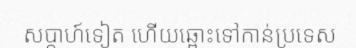
សប្តាហ៍ទៀត ហើយឆ្ពោះទៅកាន់ប្រទេស